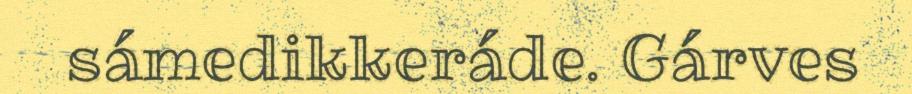
sámedikkeráde. Gárves